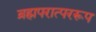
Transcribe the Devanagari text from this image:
ब्रह्मपरात्पररूप